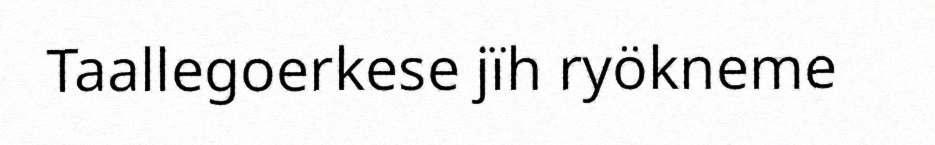
Taallegoerkese jïh ryökneme